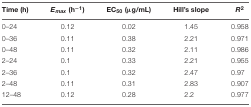
<table><thead><tr><td><b>Time (h)</b></td><td><b><i>E</i><sub>max</sub> (h<sup>−1</sup>)</b></td><td><b>EC<sub>50</sub> (μg/mL)</b></td><td><b>Hill’s slope</b></td><td><b><i>R</i><sup>2</sup></b></td></tr></thead><tbody><tr><td>0–24</td><td>0.12</td><td>0.02</td><td>1.45</td><td>0.958</td></tr><tr><td>0–36</td><td>0.11</td><td>0.38</td><td>2.21</td><td>0.971</td></tr><tr><td>0–48</td><td>0.11</td><td>0.32</td><td>2.11</td><td>0.986</td></tr><tr><td>2–24</td><td>0.1</td><td>0.33</td><td>2.21</td><td>0.955</td></tr><tr><td>2–36</td><td>0.1</td><td>0.32</td><td>2.47</td><td>0.97</td></tr><tr><td>2–48</td><td>0.11</td><td>0.31</td><td>2.83</td><td>0.907</td></tr><tr><td>12–48</td><td>0.12</td><td>0.28</td><td>2.2</td><td>0.977</td></tr></tbody></table>